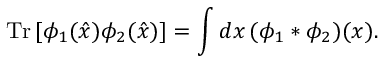
\mathrm { T r } \, [ \phi _ { 1 } ( \hat { x } ) \phi _ { 2 } ( \hat { x } ) ] = \int d x \, ( \phi _ { 1 } * \phi _ { 2 } ) ( x ) .